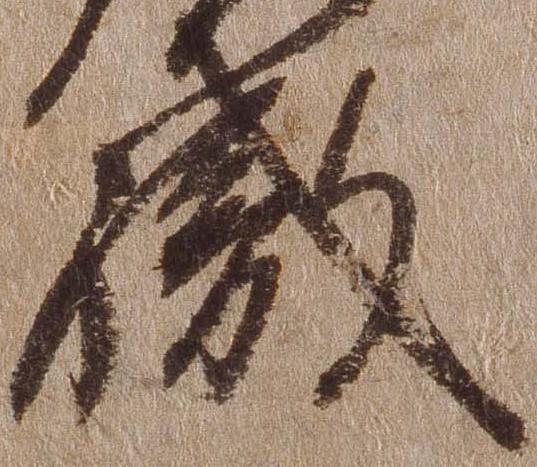
職